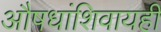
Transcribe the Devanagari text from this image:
औषधांशिवायही